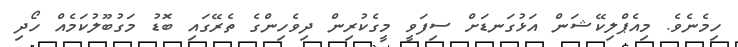
ހިމެނެވެ. މިއެޕްލިކޭޝަން އަޅުގަނޑަށް ސިފަވީ މީގެކުރިން ދިވެހިންގެ ތެރޭގައި ބޮޑު މަގުބޫލުކަމެއް ހޯދި